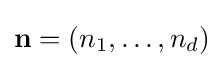
{\textstyle \mathbf {n} =\left(n_{1},\ldots ,n_{d}\right)}